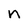
Character: n